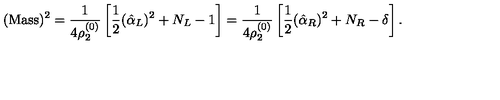
( \mathrm { M a s s } ) ^ { 2 } = { \frac { 1 } { 4 \rho _ { 2 } ^ { ( 0 ) } } } \left[ { \frac { 1 } { 2 } } ( \hat { \alpha } _ { L } ) ^ { 2 } + N _ { L } - 1 \right] = { \frac { 1 } { 4 \rho _ { 2 } ^ { ( 0 ) } } } \left[ { \frac { 1 } { 2 } } ( \hat { \alpha } _ { R } ) ^ { 2 } + N _ { R } - \delta \right] .